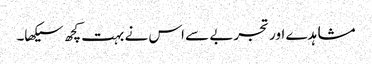
مشاہدے اور تجربے سے اس نے بہت کچھ سیکھا۔